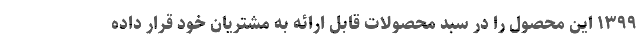
١٣٩٩ این محصول را در سبد محصولات قابل ارائه به مشتریان خود قرار داده